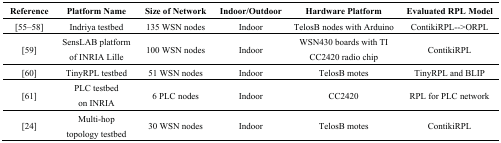
<table><thead><tr><td><b>Reference</b></td><td><b>Platform Name</b></td><td><b>Size of Network</b></td><td><b>Indoor/Outdoor</b></td><td><b>Hardware Platform</b></td><td><b>Evaluated RPL Model</b></td></tr></thead><tbody><tr><td>[55,56,57,58]</td><td>Indriya testbed</td><td>135 WSN nodes</td><td>Indoor</td><td>TelosB nodes with Arduino</td><td>ContikiRPL--&gt;ORPL</td></tr><tr><td>[59]</td><td>SensLAB platform of INRIA Lille</td><td>100 WSN nodes</td><td>Indoor</td><td>WSN430 boards with TI CC2420 radio chip</td><td>ContikiRPL</td></tr><tr><td>[60]</td><td>TinyRPL testbed</td><td>51 WSN nodes</td><td>Indoor</td><td>TelosB motes</td><td>TinyRPL and BLIP</td></tr><tr><td>[61]</td><td>PLC testbed on INRIA</td><td>6 PLC nodes</td><td>Indoor</td><td>CC2420</td><td>RPL for PLC network</td></tr><tr><td>[24]</td><td>Multi-hop topology testbed</td><td>30 WSN nodes</td><td>Indoor</td><td>TelosB motes</td><td>ContikiRPL</td></tr></tbody></table>